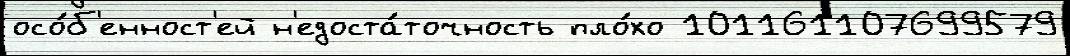
осо́б'енност'ей н'едоста́точность пло́хо 101161107699579